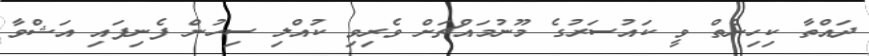
ދައްތާ ކިހިނެތް ވީ ކައުސަރުގެ މޫނުމައްޗަށް ވެރިވި ކުއްލި ސިހުން ފެނިފައި އަޝްވާ